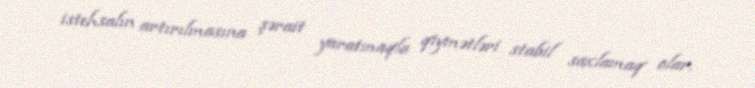
istehsalın artırılmasına şərait yaratmaqla qiymətləri stabil saxlamaq olar.